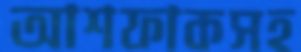
আশফাকসহ